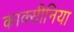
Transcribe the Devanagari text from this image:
काक्सीनिया